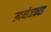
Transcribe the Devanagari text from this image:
उदयोजकता